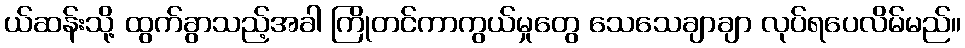
ယ်ဆန်းသို့ ထွက်ခွာသည့်အခါ ကြိုတင်ကာကွယ်မှုတွေ သေသေချာချာ လုပ်ရပေလိမ်မည်။